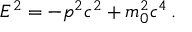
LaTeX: E ^ { 2 } = - p ^ { 2 } c ^ { 2 } + m _ { 0 } ^ { 2 } c ^ { 4 } \, .